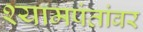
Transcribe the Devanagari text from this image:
श्यामपंतांवर